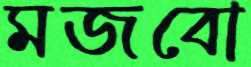
মজবো